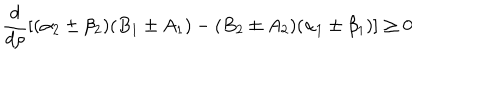
\frac { d } { d \rho } \left[ ( \alpha _ { 2 } \pm \beta _ { 2 } ) ( B _ { 1 } \pm A _ { 1 } ) - ( B _ { 2 } \pm A _ { 2 } ) ( \alpha _ { 1 } \pm \beta _ { 1 } ) \right] \ge 0